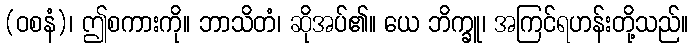
(ဝစနံ)၊ ဤစကားကို။ ဘာသိတံ၊ ဆိုအပ်၏။ ယေ ဘိက္ခူ၊ အကြင်ရဟန်းတို့သည်။